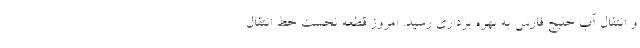
و انتقال آب خلیج فارس به بهره برداری رسید. امروز قطعه نخست خط انتقال